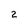
Character: 2